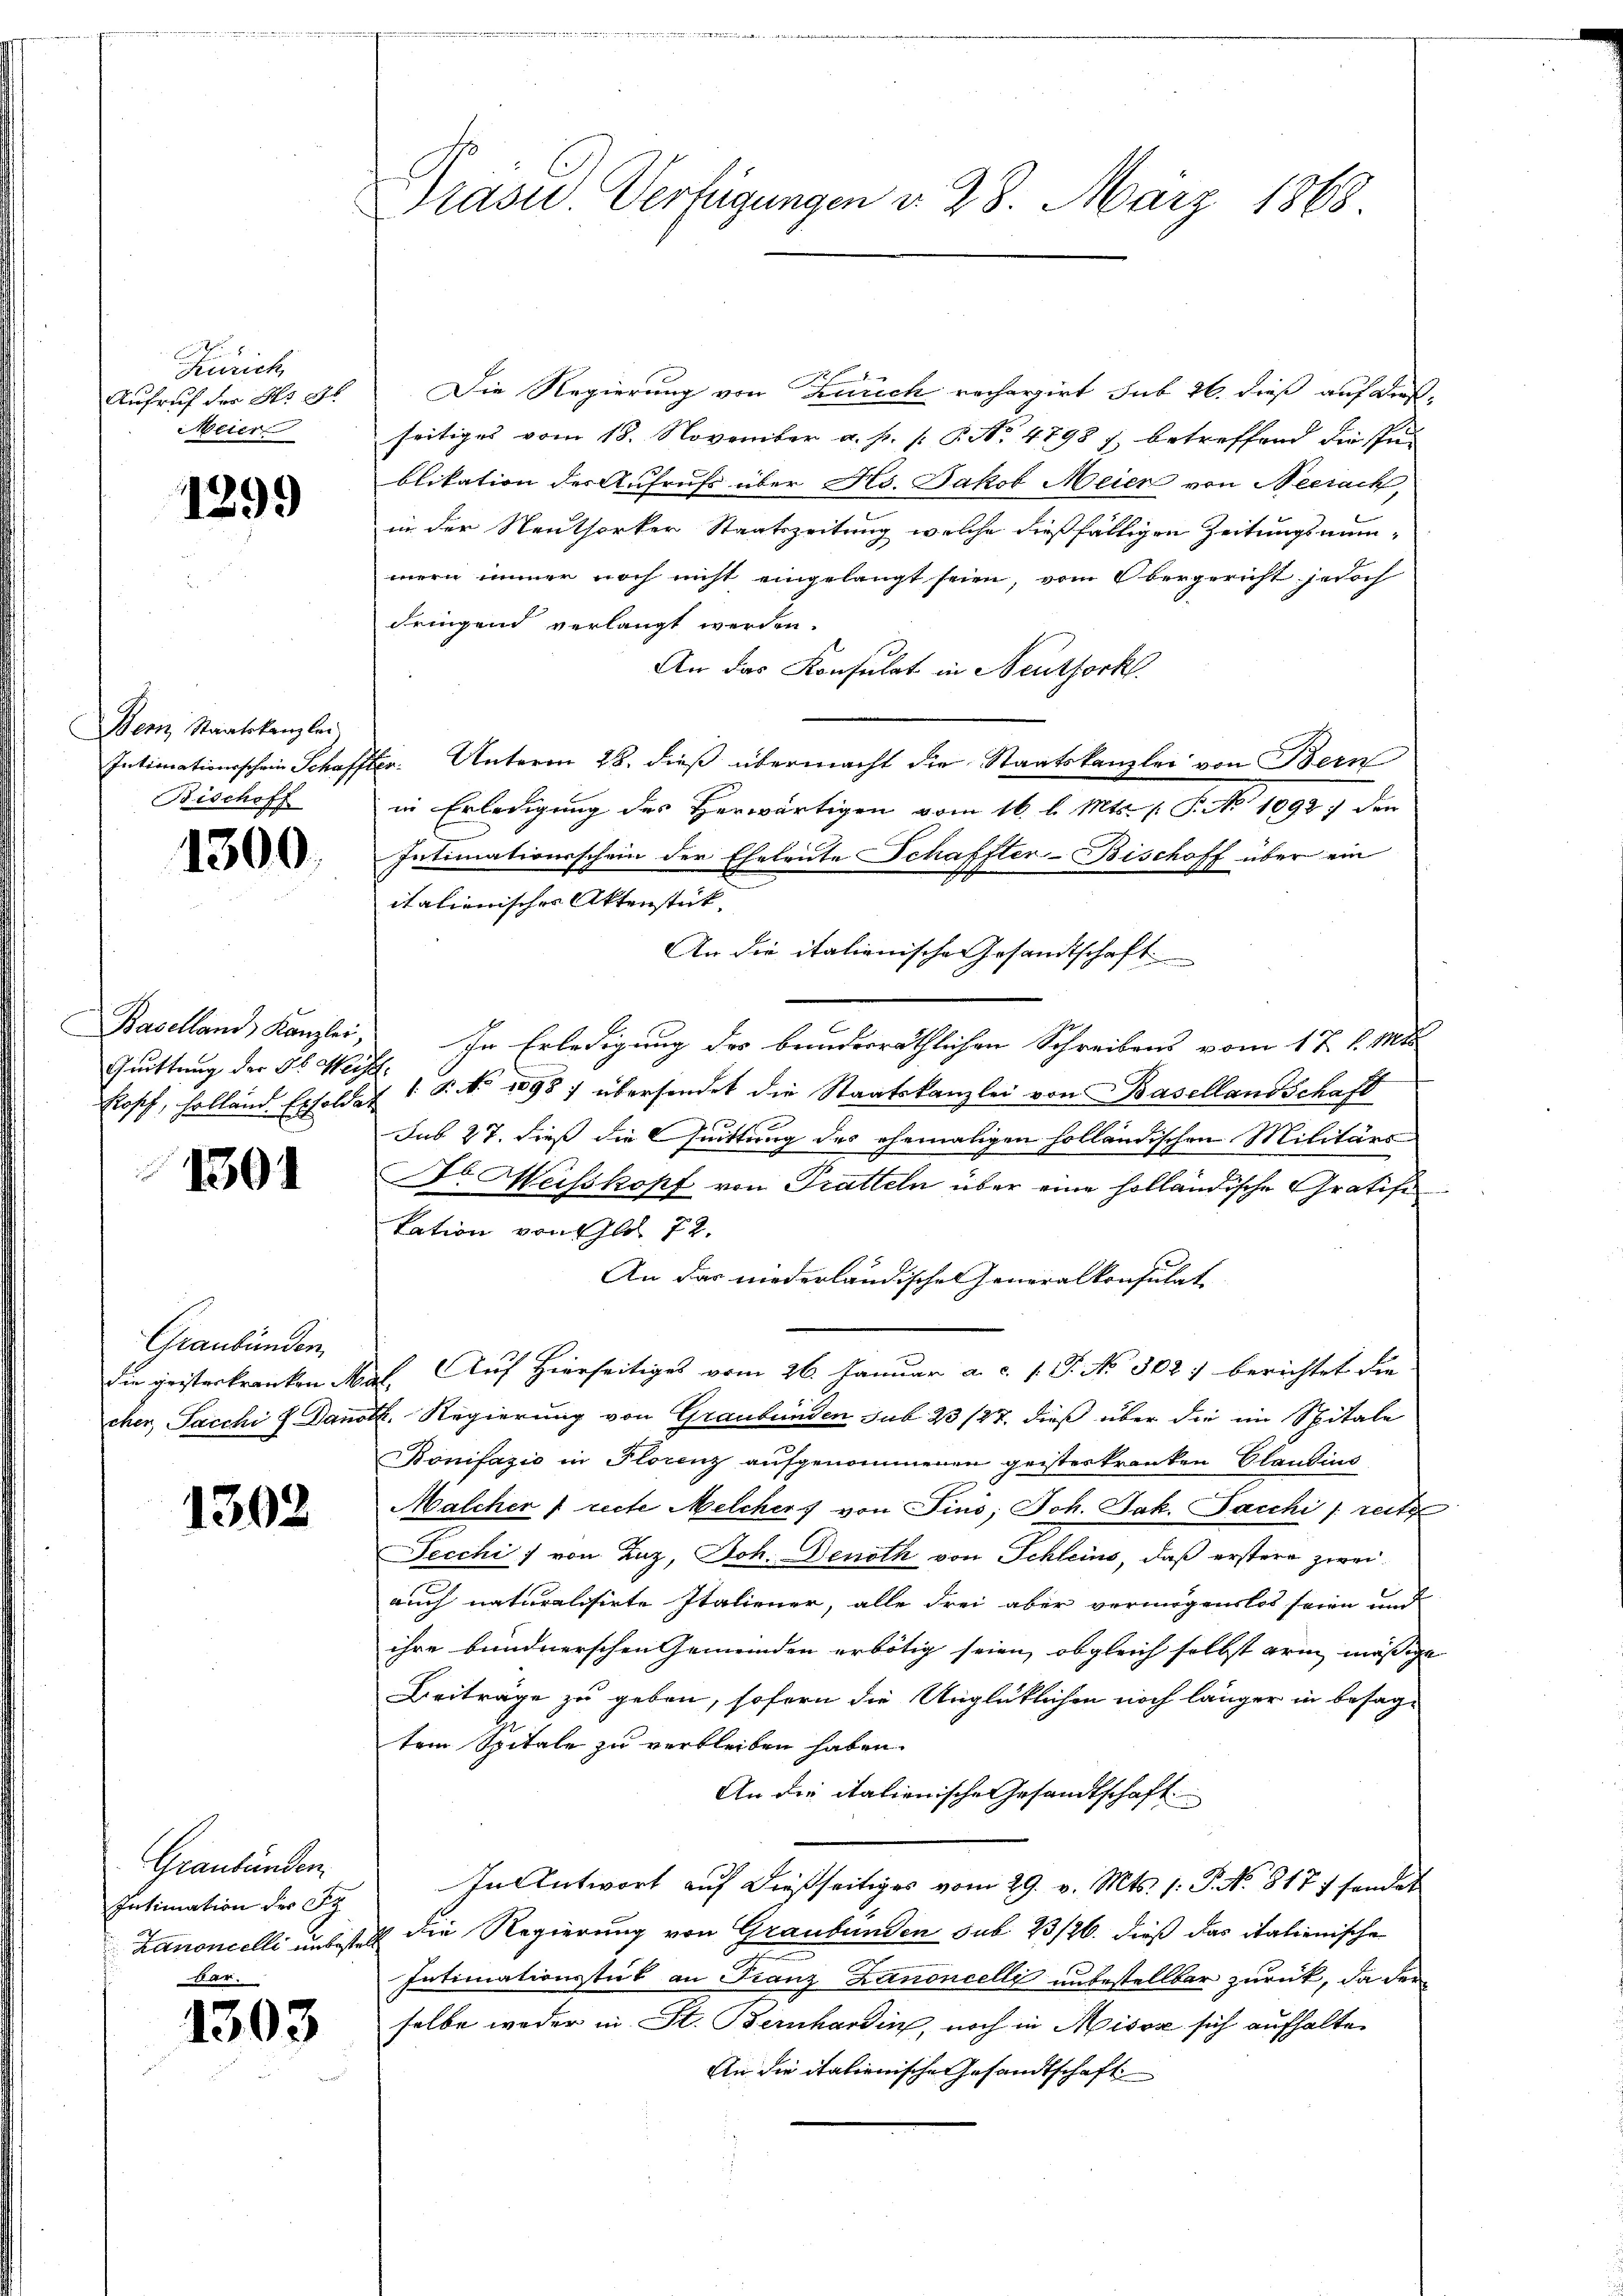
Zürich
Aufruf der No 87
Meier

1299

Bern Staatskanzlei
Intimationsschein Schaff
Bischoff

1300.

Baselland Kanzlei,
Quittung der St. Herz
Prosch, holland Erholde.

1301

Graubünden,
die geisterkranken M.
cher, Pacchi J. Dans

1302

Graubünden.
Intimation der Fr
Zanoncelli unbestell

1303

Präsid Verfügungen d. 28. März 1868.

Die Regierung von Zürich recherzirt sub 26. dieß auf dieß-
seitiges vom 18. November a. p. P. P. No 4798 f. betreffend die spu-
blikation der Aufrufs über Hs. Jakob Meier von Neerach,
in der Neuthorker Staatszeitung welche dießfälligen Zeitungsmanmern immer noch nicht eingelangt seien, vom Obergericht jedoch
dringend verlangt werden.
An das Konsulat in Neutforkl.
r. Unterm 28. dieß übermacht die Staatskanzlei von Bern
in Erledigung des Herwärtigen vom 16. l. Mts.  P. No 1092) den
Intimationsschein der Eheleute Schaffter-Bischoff über ein
.
italienischer Aktenstück- |
An die italienische Gesandtschaft
In Erledigung des banderräthlichen Schreibens vom 17. d. Mts.
§ No 1098) übersendet die Staatskanzlei von Basellandschaft
1
Sub 27. dieß die Quittung des ehemaligen holländischen Militärs
Dr. Weisskopf von Tratteln über eine holländische Gratifi
tation von Gld 72.
An das niederländischen Generalkonsulat
b. Auf Hierseitiges vom 26. Januar a. c. l. J. No 802. berichtet die
K. Regierung von Graubünden sub 23/27, dieß über die im Spitale
Bonifazio in Florenz aufgenommenen geisteskranken Claudius
Malcher 1 recte Melchers von Fini, Joh. Jak. Pacchi [recte
Jecchi, von Zuz, Joh. Denoth von Schleins, daß erstere zweiauch naturalisirte Italiener, alle Frei aber vermögenslos seien und
ihre bundnerschen Gemeinden erbötig seien, obgleich selbst arm mässige
Beiträge zu geben, sofern die Unglücklichen noch länger in besagtem Spitale zu verbleiben haben.
An die italienische Gesandtschaft
In Antwort auf dießseitiges vom 29. v. Mts. /: P. No. 8177 sendet
die Regierung von Graubünden sub 23/26. dieß das italienische
Intimationsstük an Franz Zanoncelli unbestellbar zurück, da der
selbe weder in St. Bernhardin, noch in Misox sich aufhalte
An die italienische Gesandtschaft